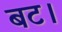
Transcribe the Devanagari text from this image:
बट।